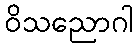
ဝိသညောဂါ